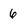
Character: 6